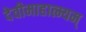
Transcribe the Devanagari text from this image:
देवीमाहात्म्यम्